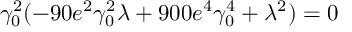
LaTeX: \gamma _ { 0 } ^ { 2 } ( - 9 0 e ^ { 2 } \gamma _ { 0 } ^ { 2 } \lambda + 9 0 0 e ^ { 4 } \gamma _ { 0 } ^ { 4 } + \lambda ^ { 2 } ) = 0